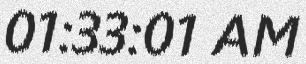
01:33:01 AM